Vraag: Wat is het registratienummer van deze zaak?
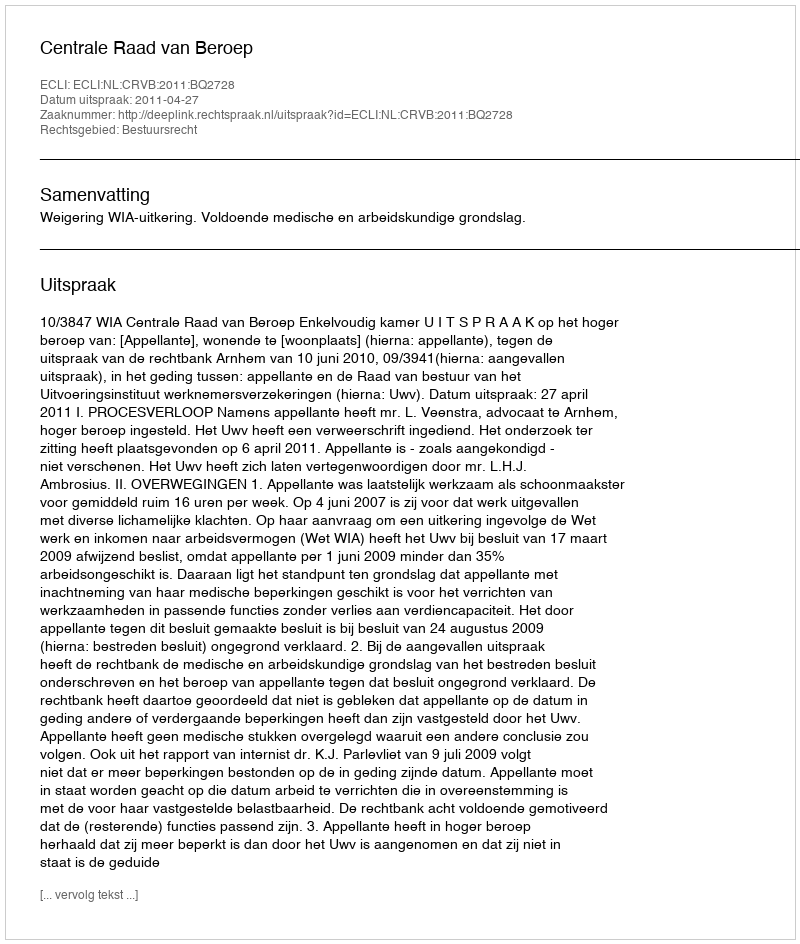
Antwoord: http://deeplink.rechtspraak.nl/uitspraak?id=ECLI:NL:CRVB:2011:BQ2728